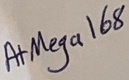
Text: AtMega168